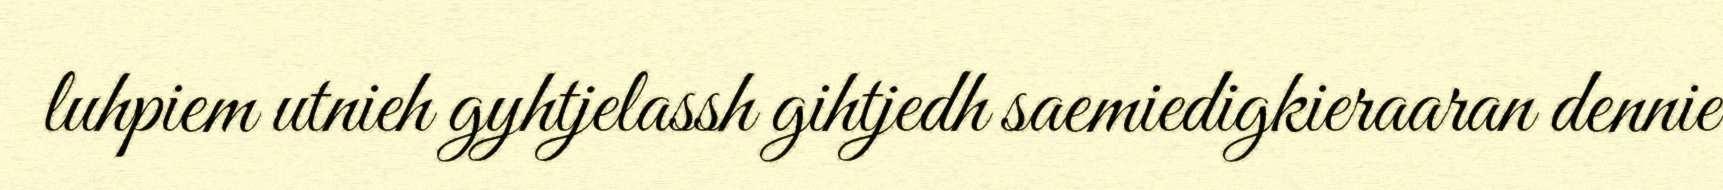
luhpiem utnieh gyhtjelassh gihtjedh saemiedigkieraaran dennie